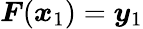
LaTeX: \boldsymbol{F}(\boldsymbol{x}_{1})=\boldsymbol{y}_{1}